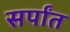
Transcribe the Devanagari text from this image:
सर्पांत